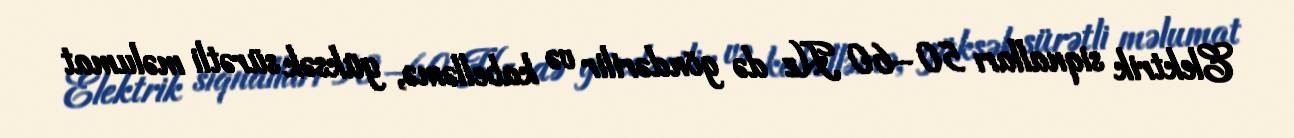
Elektrik siqnalları 50–60 Hz də göndərilir və kabelləmə, yüksək sürətli məlumat